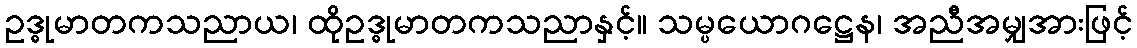
ဥဒ္ဓုမာတကသညာယ၊ ထိုဥဒ္ဓုမာတကသညာနှင့်။ သမ္ပယောဂဋ္ဌေန၊ အညီအမျှအားဖြင့်